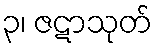
၃၊ ဇဋာသုတ်